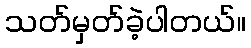
သတ်မှတ်ခဲ့ပါတယ်။